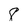
Character: 8